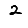
Digit: 2